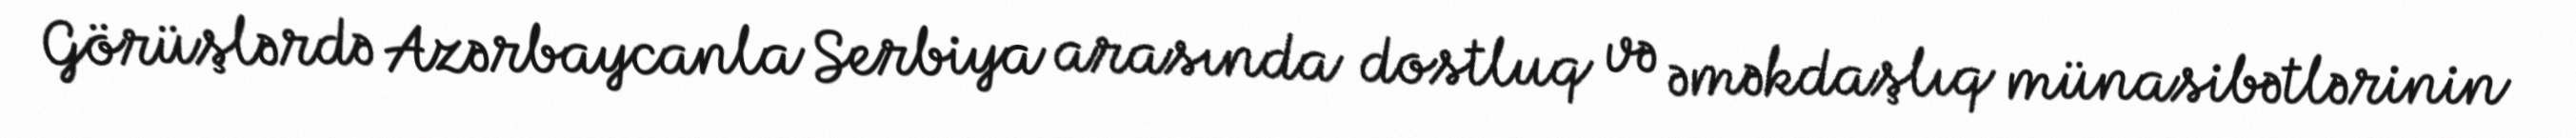
Görüşlərdə Azərbaycanla Serbiya arasında dostluq və əməkdaşlıq münasibətlərinin